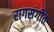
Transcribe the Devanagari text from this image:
रागसंगीत